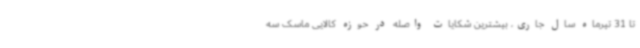
تا 31 تیرماه سال جاری، بیشترین شکایات واصله در حوزه کالایی ماسک سه